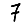
Digit: 7